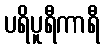
ပရိပူရီကာရီ